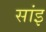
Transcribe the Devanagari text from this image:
सांइ